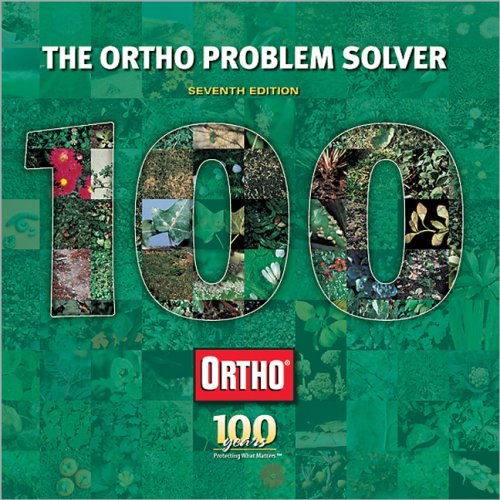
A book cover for The Ortho Problem Solver; Crafts, Hobbies & Home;